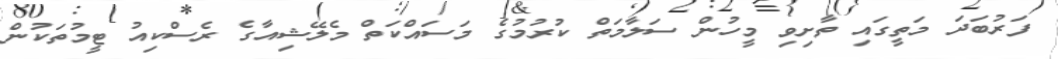
ފަރުބަދަ މަތީގައި ތާށިވި މީހުން ސަލާމަތް ކުރުމުގެ މަސައްކަތް މެލޭޝިއާގެ ރެސްކިއު ޓީމުތަކުން